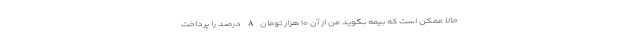
حالا ممکن است که بیمه بگوید من از آن ۱۰ هزار تومان A درصد را پرداخت